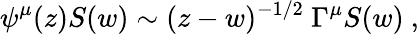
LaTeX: \psi^{\mu}(z)S(w)\sim(z-w)^{-1/2}\ \Gamma^{\mu}S(w)\ ,